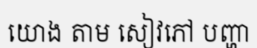
យោង តាម សៀវភៅ បញ្ហា